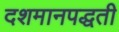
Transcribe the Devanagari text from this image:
दशमानपद्धती